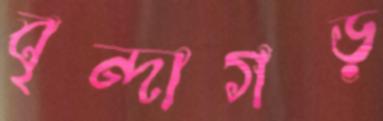
বৃন্দাগড়